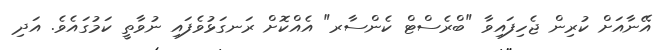
އޭނާއަށް ކުރިން ޖެހިފައިވާ "ބްރެސްޓް ކެންސާރ" އެއްކޮށް ރަނގަޅުވެފައި ނުވާތީ ކަމުގައެވެ. އަދި